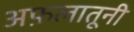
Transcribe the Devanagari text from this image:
अफ़लातूनी